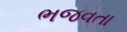
ભજવતા